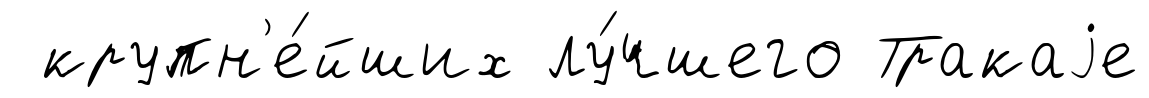
крупн'е́йших лу́чшего Тракаjе